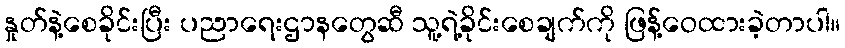
နှုတ်နဲ့စေခိုင်းပြီး ပညာရေးဌာနတွေဆီ သူ့ရဲ့ခိုင်းစေချက်ကို ဖြန့်ဝေထားခဲ့တာပါ။